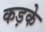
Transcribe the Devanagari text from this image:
कड़के